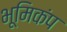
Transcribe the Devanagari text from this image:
भूमिकंप